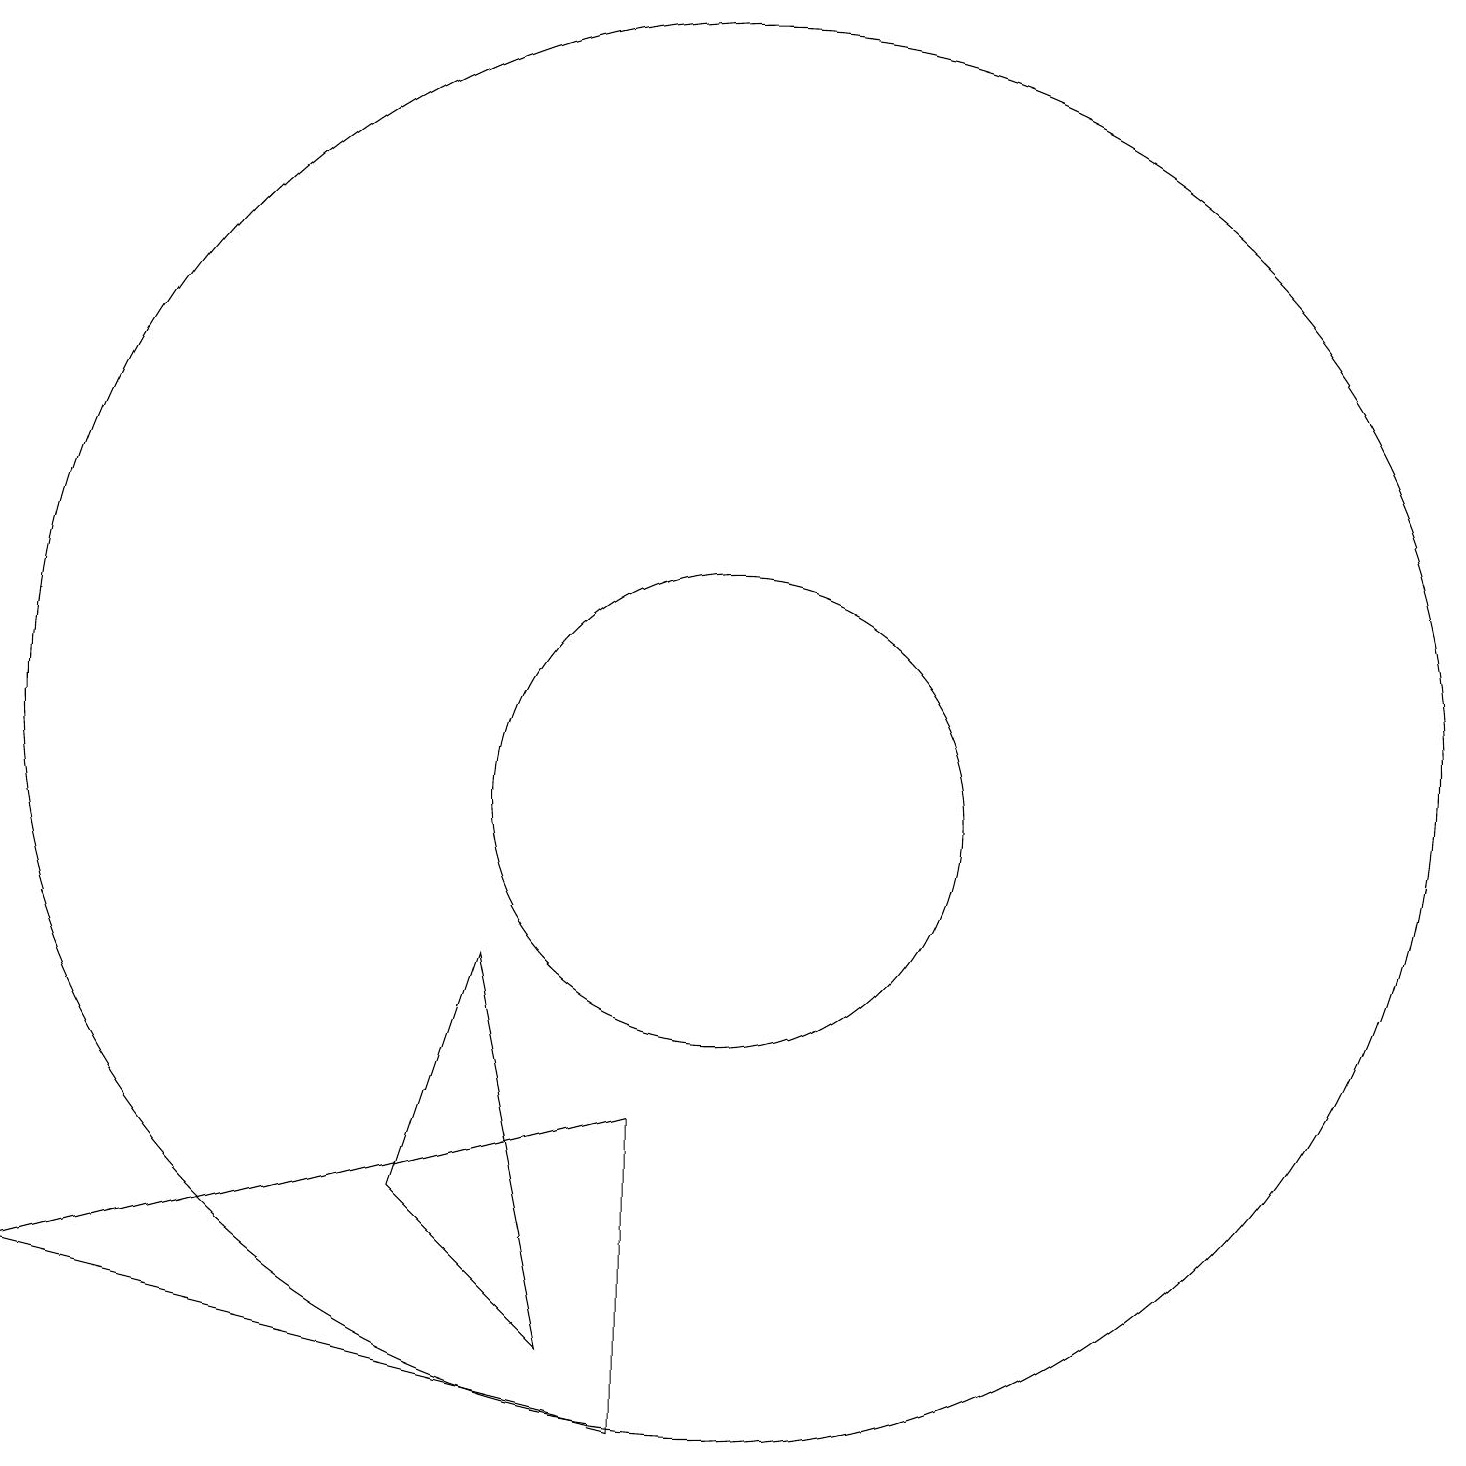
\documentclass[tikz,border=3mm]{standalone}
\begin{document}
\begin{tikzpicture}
\draw (9,6) -- (9,2) -- (1,4) -- cycle;
\draw (10,11) circle (9);
\draw (10,10) circle (3);
\draw (8,3) -- (6,5) -- (7,8) -- cycle;
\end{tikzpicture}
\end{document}